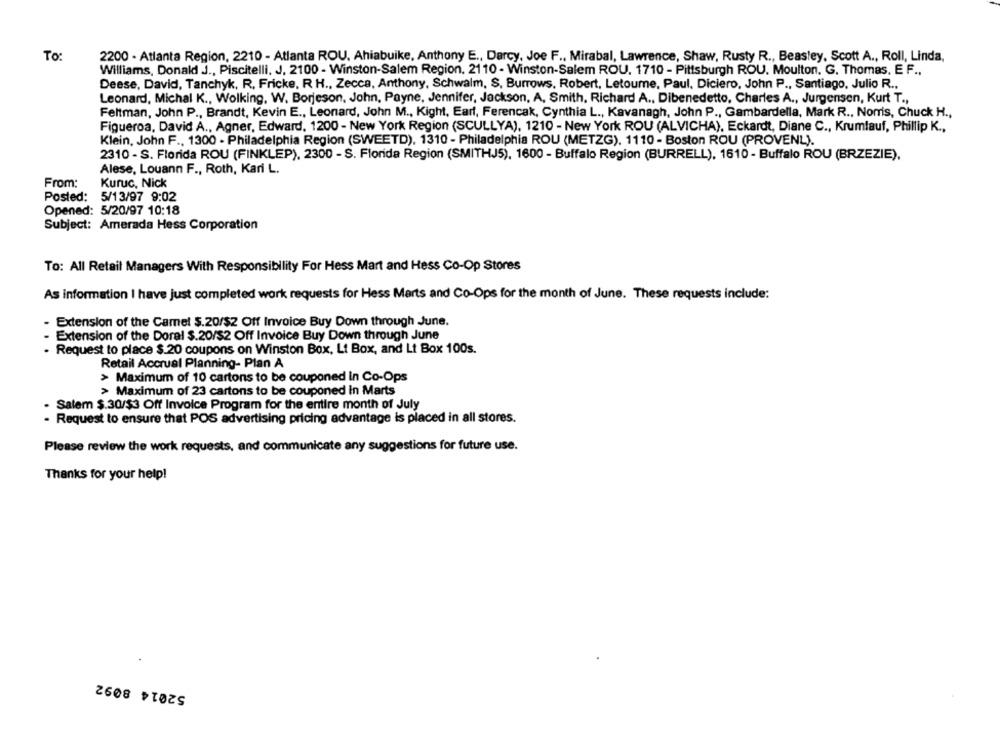
To:
2200 - Atlanta Region, 2210 - Atlanta ROU. Ahiabuike, Anthony E ., Darcy, Joe F ., Mirabal, Lawrence, Shaw, Rusty R ., Beasley, Scott A ., Roll, Linda,
Williams, Donald J ., Piscitelli, J. 2100 - Winston-Salem Region. 2110 - Winston-Salem ROU. 1710 - Pittsburgh ROU. Moulton. G. Thomas, E F .,
Deese, David, Tanchyk, R, Fricke, R H ., Zecca, Anthony, Schwalm, S, Burrows, Robert, Letoume, Paul, Diciero, John P ., Santiago, Julio R .,
Leonard, Michal K ., Wolking, W. Borjeson, John, Payne, Jennifer, Jackson, A. Smith, Richard A ., Dibenedetto, Charles A ., Jurgensen, Kurt T .,
Feltman, John P ., Brandt, Kevin E ., Leonard, John M ., Kight, Earl, Ferencak, Cynthia L ., Kavanagh, John P ., Gambardella, Mark R ., Norris, Chuck H .,
Figueroa, David A ., Agner, Edward, 1200 - New York Region (SCULLYA), 1210 - New York ROU (ALVICHA), Eckardt, Diane C ., Krumlauf, Phillip K .,
Klein, John F ., 1300 - Philadelphia Region (SWEETD), 1310 - Philadelphia ROU (METZG). 1110 - Boston ROU (PROVENL).
2310 - S. Florida ROU (FINKLEP), 2300 - S. Florida Region (SMITHJ5), 1600 - Buffalo Region (BURRELL), 1610 - Buffalo ROU (BRZEZIE),
Alese, Louann F ., Roth, Kari L.
From:
Kuruc, Nick
Posted:
5/13/97 9:02
Opened: 5/20/97 10:18
Subject: Amerada Hess Corporation
To: All Retail Managers With Responsibility For Hess Mart and Hess Co-Op Stores
As information I have just completed work requests for Hess Marts and Co-Ops for the month of June. These requests include:
Extension of the Camel $.20/$2 Off Invoice Buy Down through June.
Extension of the Doral $.20/$2 Off Invoice Buy Down through June
Request to place $.20 coupons on Winston Box, Lt Box, and Lt Box 100s.
Retail Accrual Planning- Plan A
> Maximum of 10 cartons to be couponed In Co-Ops
> Maximum of 23 cartons to be couponed In Marts
Salem $.30/$3 Off Invoice Program for the entire month of July
- Request to ensure that POS advertising pricing advantage is placed in all stores.
Please review the work requests, and communicate any suggestions for future use.
Thanks for your help!
52014 8092